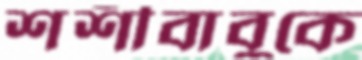
শশীবাবুকে